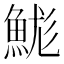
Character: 𩷙